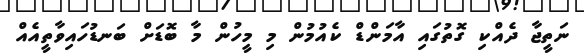
ނަތީޖާ ދެއްކި ގޮތުގައި އާމަންޑް ކެއުމުން މި މީހުން މާ ބޮޑަށް ބަނޑުހައިވާތީއެއް